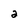
Character: 2